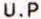
U.P